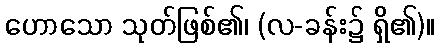
ဟောသော သုတ်ဖြစ်၏၊ (လ-ခန်း၌ ရှိ၏)။